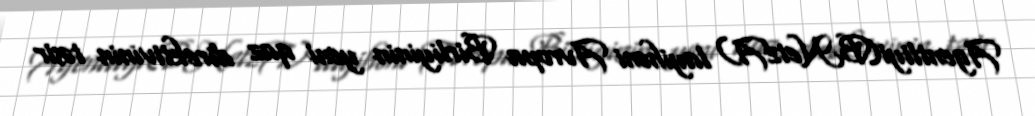
Agentliyi(BNetzA) layihəni Avropa Birliyinin yeni qaz direktivinin təsir